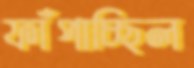
ফাঁপাচ্ছিল